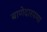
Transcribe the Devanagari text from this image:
बाणेदारपणा